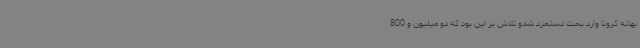
بهانه کرونا وارد بحث دستمزد شدو تلاش بر این بود که دو میلیون و 800